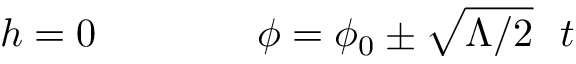
h = 0 ~ ~ ~ ~ ~ ~ ~ ~ ~ ~ ~ ~ \phi = \phi _ { 0 } \pm \sqrt { \Lambda / 2 } ~ ~ t